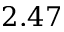
2 . 4 7